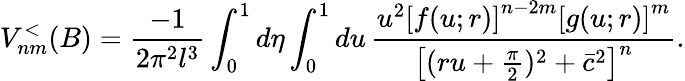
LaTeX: V_{nm}^{<}(B)=\frac{-1}{2\pi^{2}l^{3}}\int_{0}^{1}d\eta\int_{0}^{1}du\, \frac{u^{2}\left[f(u;r)\right]^{n-2m}\left[g(u;r)\right]^{m}}{\left[(ru+\frac{\pi}{2})^{2}+\bar{c}^{2}\right]^{n}}.